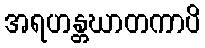
အရဟန္တဃာတကာပိ